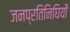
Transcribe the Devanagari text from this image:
जनप्रतिनिघियों